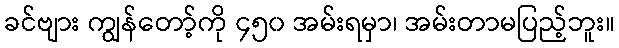
ခင်ဗျား ကျွန်တော့်ကို ၄၅၀ အမ်းရမှာ၊ အမ်းတာမပြည့်ဘူး။